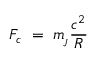
F _ { c } \ = \ m _ { \! _ { J } } \frac { c ^ { 2 } } { R }